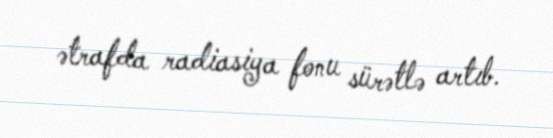
ətrafda radiasiya fonu sürətlə artıb.